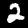
Digit: 2